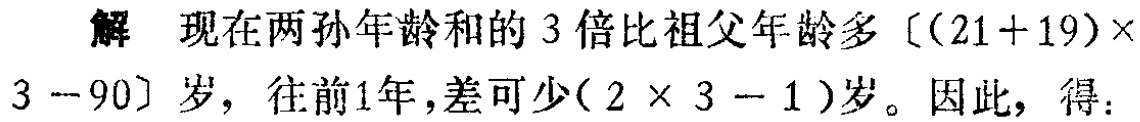
解 现在两孙年龄和的 3 倍比祖父年龄多 \([(21 + 19)\times3 - 90]\) 岁，往前1年，差可少 \((2\times3 - 1)\) 岁。因此，得：